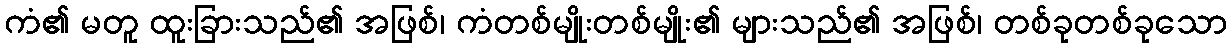
ကံ၏ မတူ ထူးခြားသည်၏ အဖြစ်၊ ကံတစ်မျိုးတစ်မျိုး၏ များသည်၏ အဖြစ်၊ တစ်ခုတစ်ခုသော